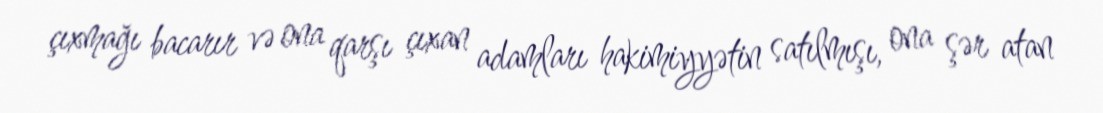
çıxmağı bacarır və ona qarşı çıxan adamları hakimiyyətin satılmışı, ona şər atan